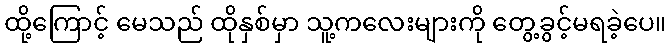
ထို့ကြောင့် မေသည် ထိုနှစ်မှာ သူ့ကလေးများကို တွေ့ခွင့်မရခဲ့ပေ။